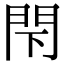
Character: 閇